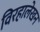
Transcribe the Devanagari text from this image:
विरहालेखन